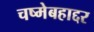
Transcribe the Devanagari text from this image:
चष्मेबहाद्दर